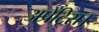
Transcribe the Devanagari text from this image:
अप्रेंटिस।